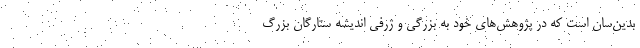
بدین‌سان است که در پژوهش‌های خود به بزرگی و ژرفی اندیشه ستارگان بزرگ